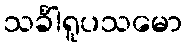
သင်္ခါရူပသမော